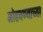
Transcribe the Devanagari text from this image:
मोहवण्याच्या